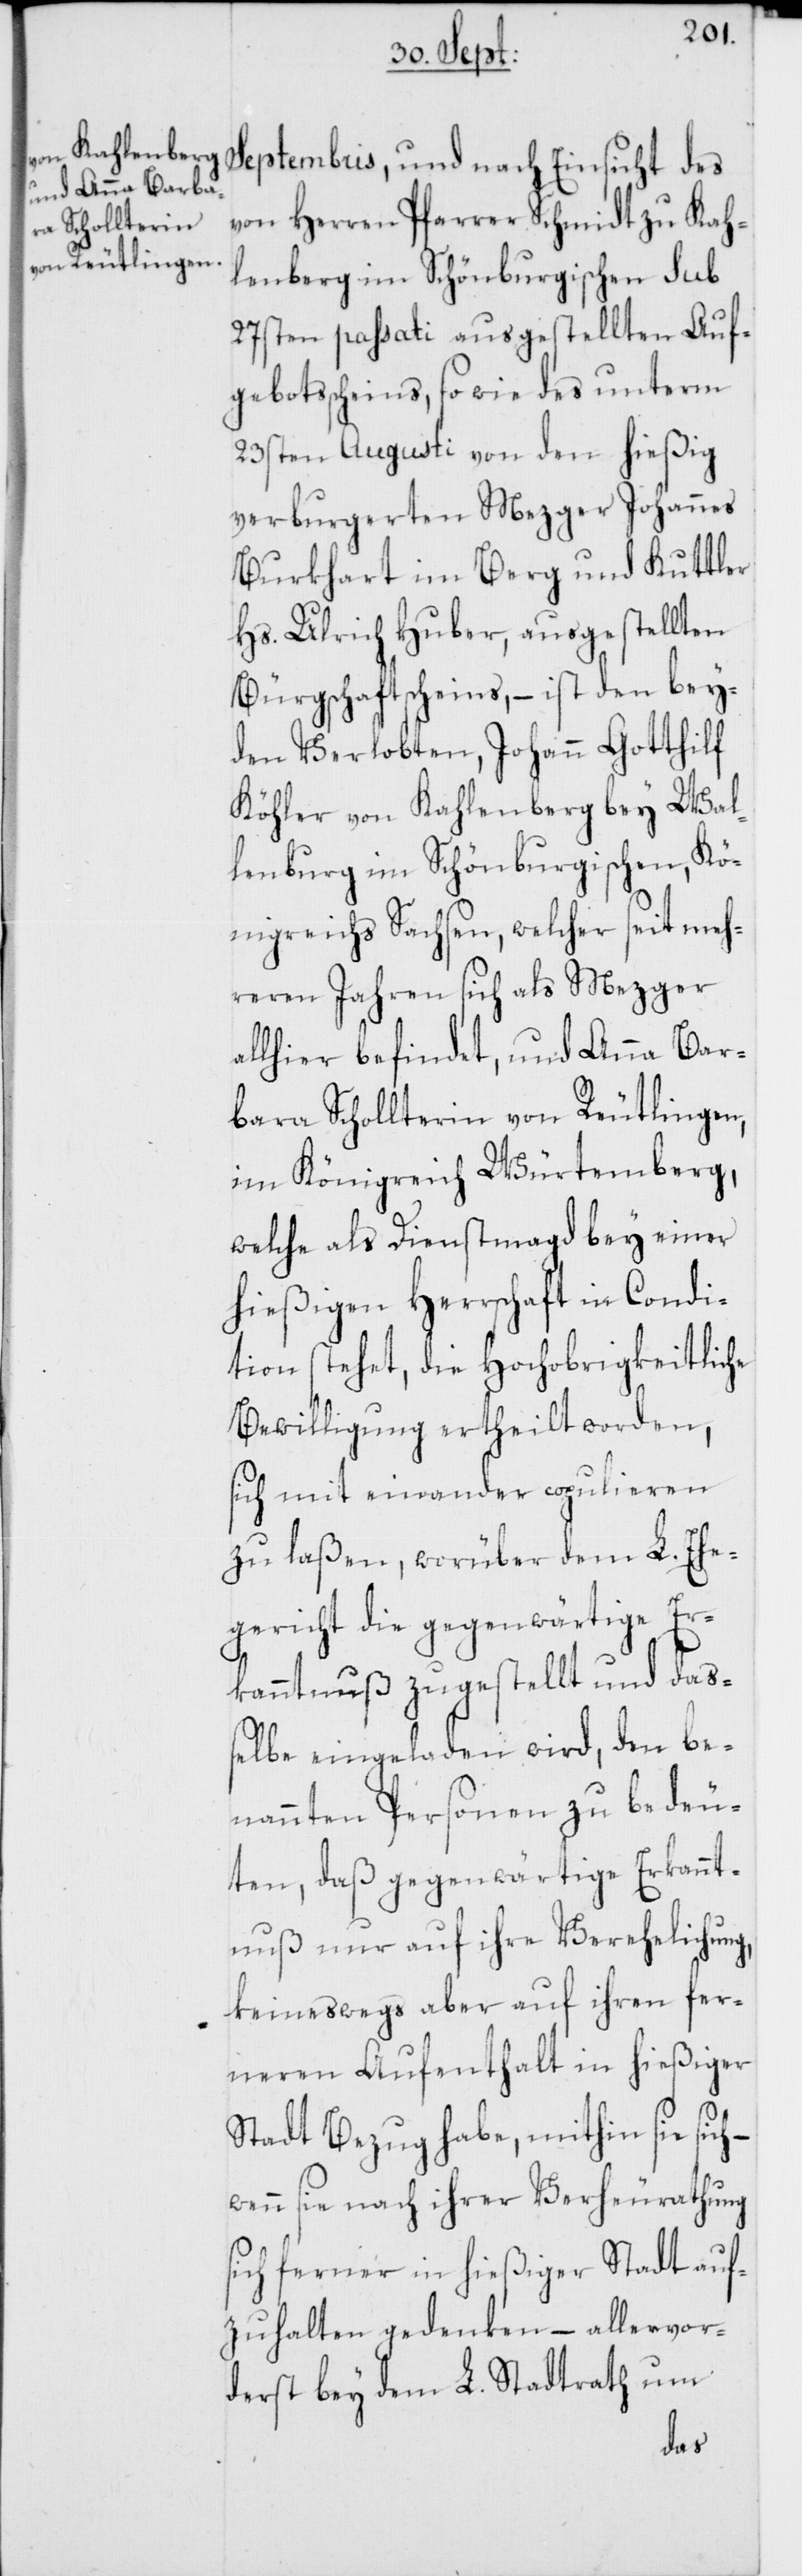
Septembris, und nach Einsicht des
von Herren Pfarrer Schmidt zu Kah¬
lenberg im Schönburgischen sub
27sten passati ausgestellten Auf¬
gebotsscheins, so wie des unterm
23sten Augusti von den hießig
verburgerten Mezger Johannes
Burkhart im Berg und Kuttler
Hs. Ulrich Huber, ausgestellten
Bürgschaftscheins, – ist den bey¬
den Verlobten, Johann Gotthilf
Köhler von Kahlenberg bey Wal¬
lenburg im Schönburgischen, Kö¬
nigreichs Sachsen, welcher seit meh¬
reren Jahren sich als Mezger
allhier befindet, und Anna Bar¬
bara Schollterin von Reutlingen,
im Königreich Würtemberg,
welche als Dienstmagd bey einer
hießigen Herrschaft in Condi¬
tion stehet, die Hochobrigkeitliche
Bewilligung ertheilt worden,
sich mit einander copulieren
zu laßen, worüber dem L. Ehe¬
gericht die gegenwärtige Er¬
kanntnuß zugestellt und daß¬
elbe eingeladen wird, den be¬
nannten Personen zu bedeu¬
ten, daß gegenwärtige Erkannt¬
nuß nur auf ihre Verehelichung,
keineswegs aber auf ihren fer¬
neren Aufenthalt in hießiger
Stadt Bezug habe, mithin sie sich
wenn sie nach ihrer Verheurathung
sich ferner in hießiger Stadt auf¬
zuhalten gedenken – allervor¬
derst bey dem L. Stadtrath um